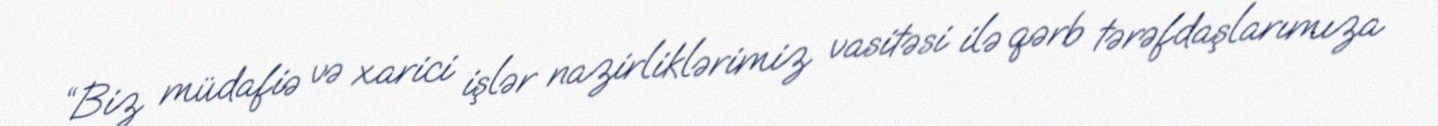
“Biz müdafiə və xarici işlər nazirliklərimiz vasitəsi ilə qərb tərəfdaşlarımıza